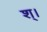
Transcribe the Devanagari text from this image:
श्।